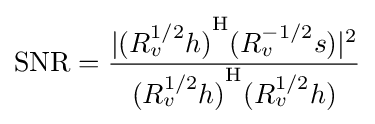
\mathrm {SNR} ={\frac {|{(R_{v}^{1/2}h)}^{\mathrm {H} }(R_{v}^{-1/2}s)|^{2}}{{(R_{v}^{1/2}h)}^{\mathrm {H} }(R_{v}^{1/2}h)}}